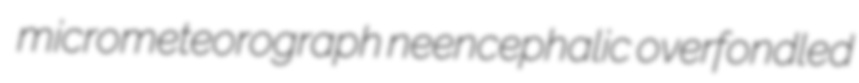
micrometeorograph neencephalic overfondled